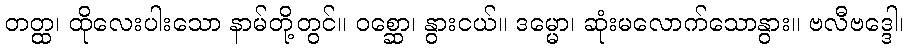
တတ္ထ၊ ထိုလေးပါးသော နာမ်တို့တွင်။ ဝစ္ဆော၊ နွားငယ်။ ဒမ္မော၊ ဆုံးမလောက်သောနွား။ ဗလီဗဒ္ဒေါ၊